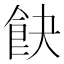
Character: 𩚟